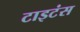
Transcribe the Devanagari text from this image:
टाइटंस